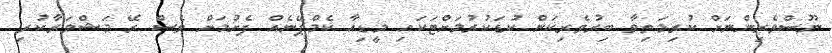
ނޫސްވެރިންނަށް ކުރިމަތިވާ ބިރުވެރިކަން ކުޑަކުރުމަށްޓަކައި މީޑިއާ ކެމްޕޭނެއް ފެށުމަށް ވެސް ރޭ މަޝްވަރާކުރި